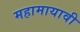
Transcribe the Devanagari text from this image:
महामायावी